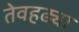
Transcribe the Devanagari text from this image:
तेवहढ्या